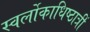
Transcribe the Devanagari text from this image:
स्वर्लोकाधिष्ठात्रीं